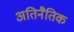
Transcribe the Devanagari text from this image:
अतिनैतिक